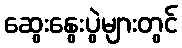
ဆွေးနွေးပွဲများတွင်